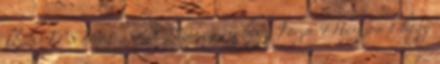
kb.20 FPS HentesSRB: Megnézném hogy Forza 4 Horizon-t hogy